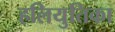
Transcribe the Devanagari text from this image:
हलियुतिका